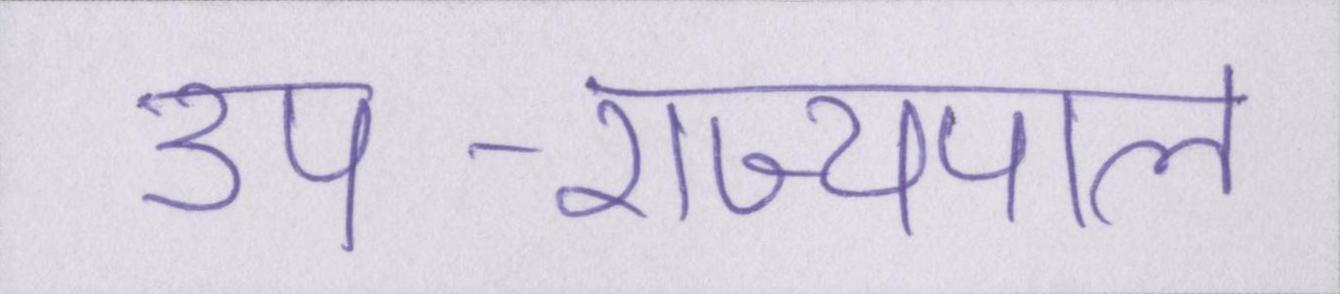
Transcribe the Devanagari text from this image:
उप-राज्यपाल